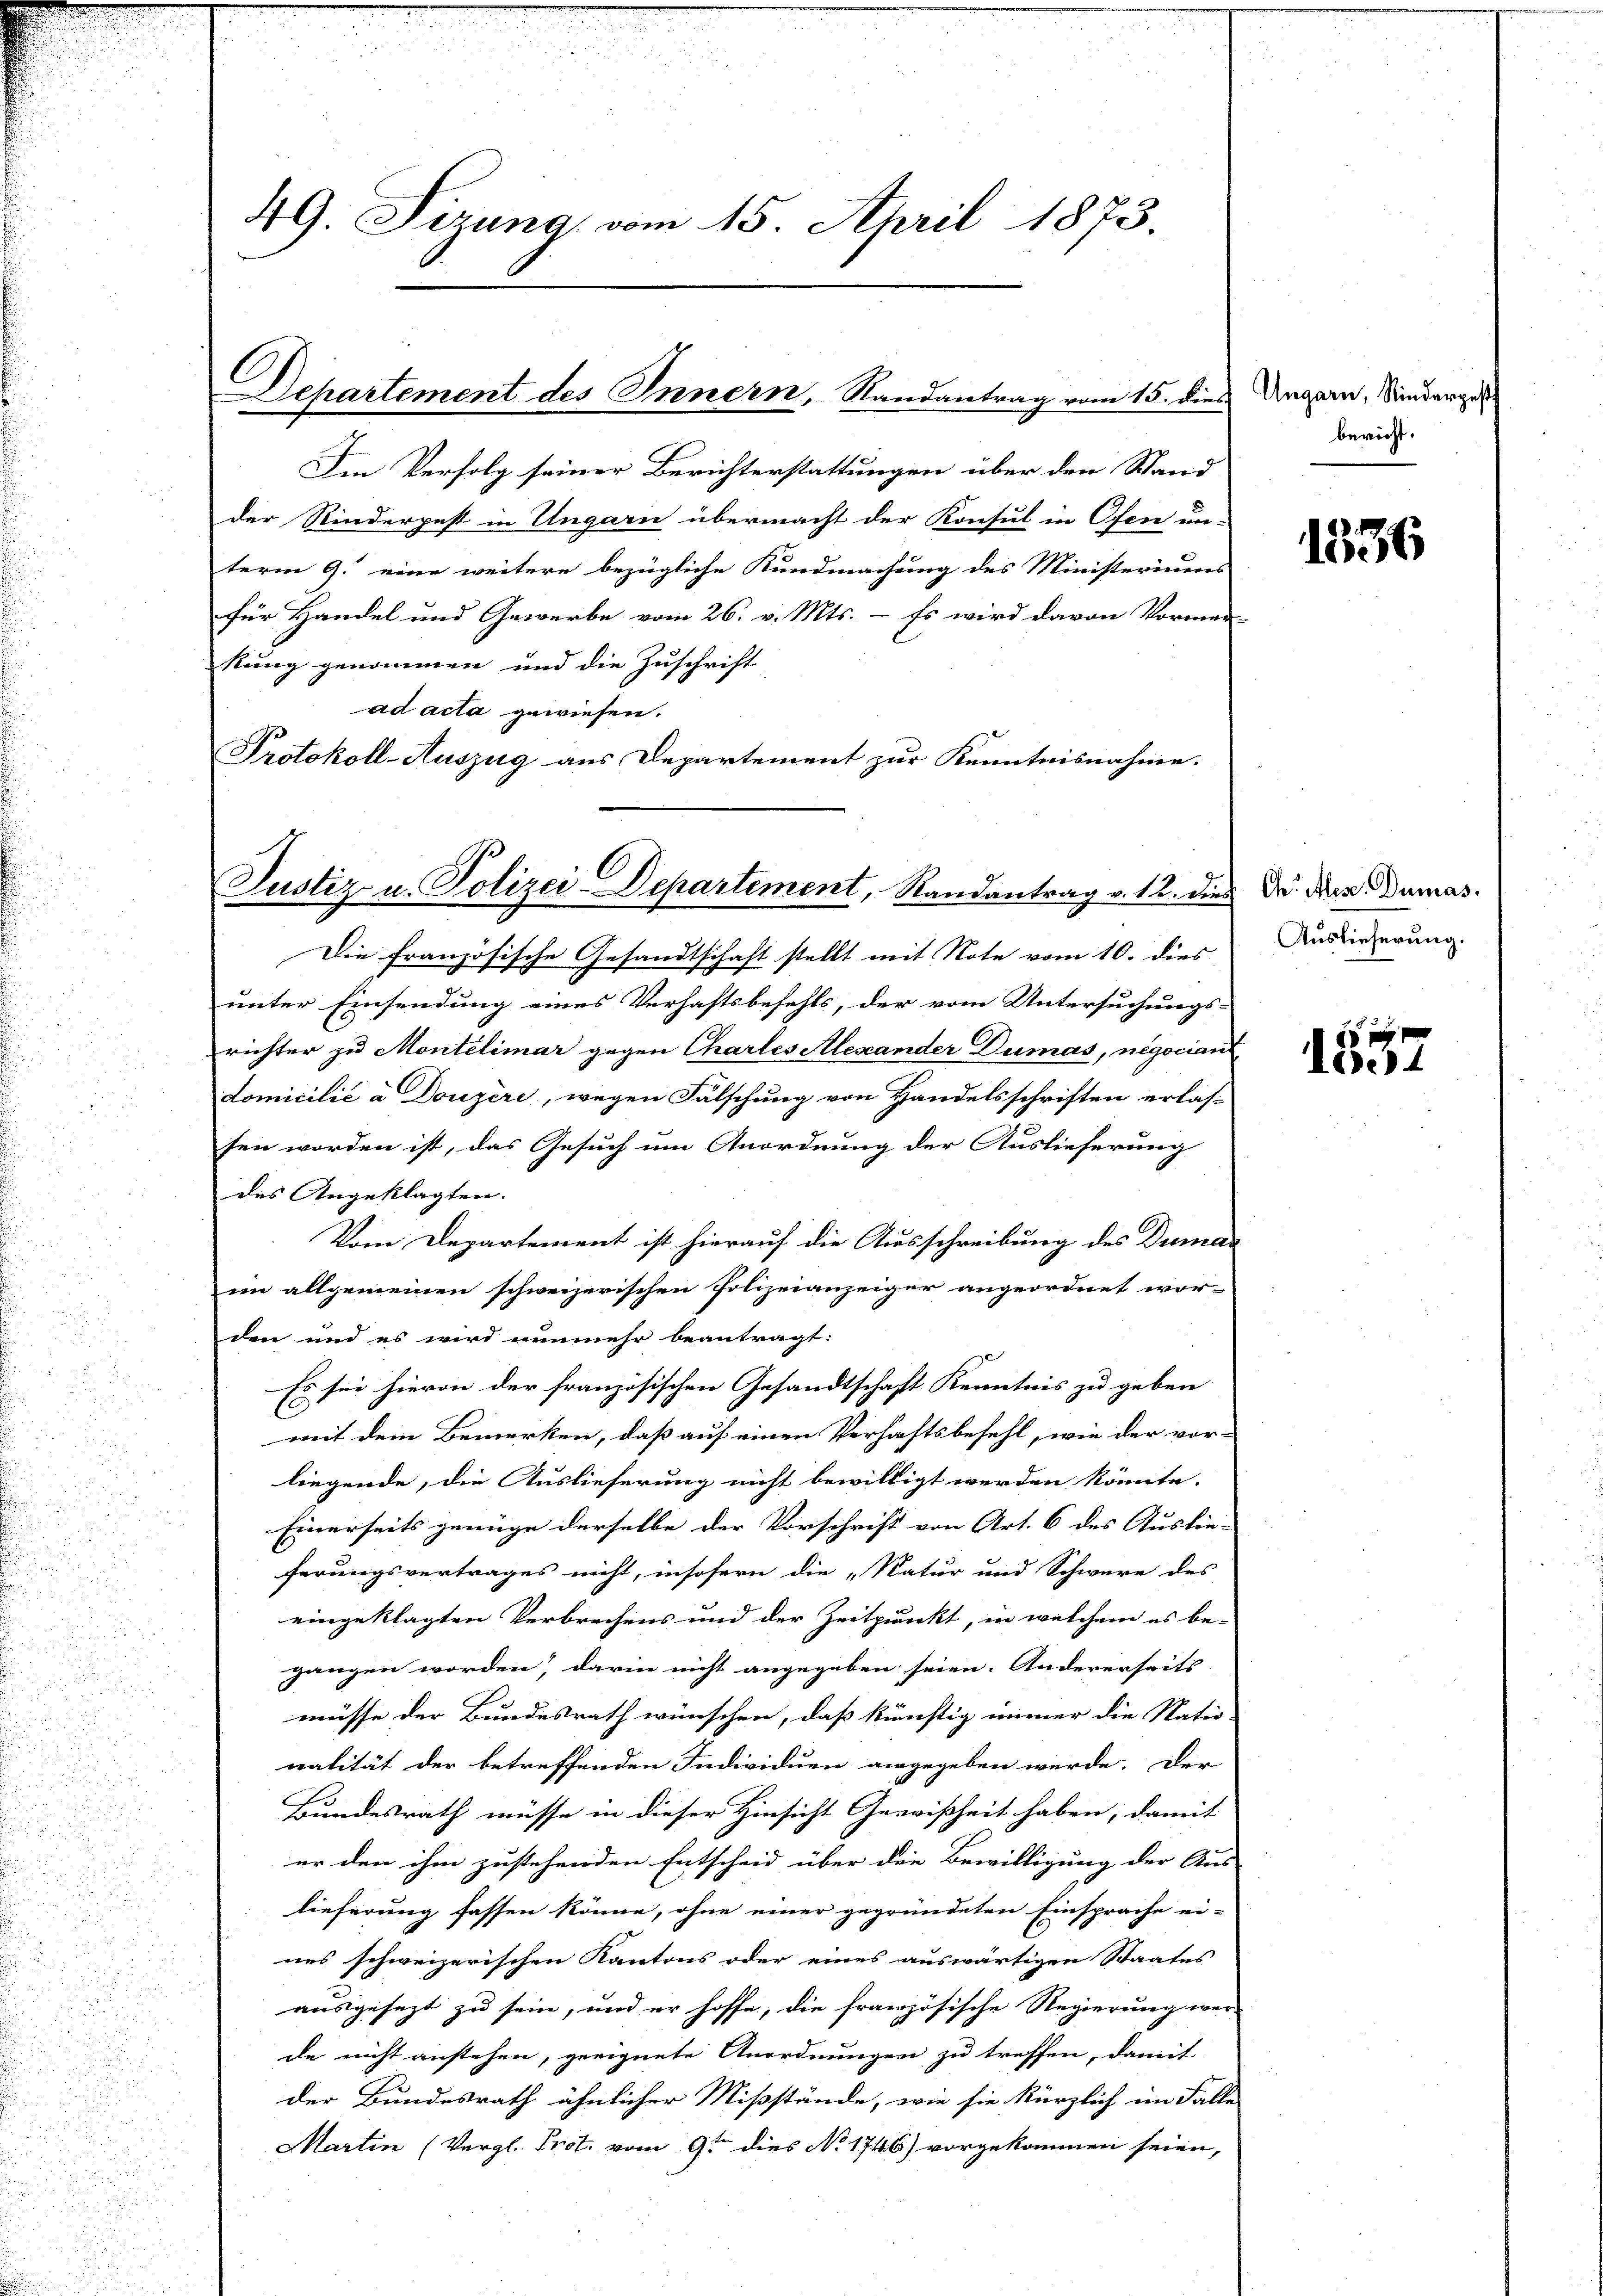
.

.

49. Sizung vom 15. April 1873.

Dchartement des Innern, Randantrag vom 15. dies Ungarn, Sinderger

Ien Verfolg seiner Berichterstattungen über den Stand
der Rinderpest in Ungarn übermacht der Konsul in Ofen un-
term 9. eine weitere bezügliche Kundmachung des Ministeriums
für Handel und Gewerbe vom 26. v. Mts. - Es wird davon Vormen-
kung genommen und die Zuschrift
ad acta gewiesen.
Protokoll-Auszug aus Departement zur Kenntnisnahme.

Justiz u. Polizei-Departement, Randantrag v. 12. dies

bericht.

Die französische Gesandtschaft stellt mit Note vom 10. dies
unter Einsendung eines Verhaftsbefehls, der vom Untersuchungs-
richter zu Montelimar gegen Chartes Alexander Dumas, negociant
domicilié à Douzère, wegen Falschung von Handelsschriften erlas-
sen worden ist, das Gesuch um Anordnung der Auslieferung
des Angeklagten.
Vom Departement ist hierauf die Ausschreibung des Dumaim allgemeinen schweizerischen Polizeianzeiger angeordnet wor-
den und es wird nunmehr beantragt:
Es sei hievon der französischen Gesandtschaft Kenntnis zu geben
mit dem Bemerken, daß auf einen Verhaftsbefehl, wie der vor-
liegende, die Auslieferung nicht bewilligt werden könnte.
Einerseits genüge derselbe der Vorschrift von Art. 6 des Auslie-
ferungsvertrages nicht, insofern die „Natur und Schwäre des
eingeklagten Verbrechens und der Zeitpunkt, in welchem es be-
gangen worden, darin nicht angegeben seien. Andererseits
müsse der Bundesrath wünschen, daß künftig immer die Natio-
nalität der betreffenden Individuen angegeben werde. Der
Bundesrath müsse in dieser Hinsicht Gewißheit haben, damit
er den ihm zustehenden Entscheid über die Bewilligung der Aus
.
lieferung fassen könne, ohne einer gegründeten Einsprache ei-
nes schweizerischen Kantons oder eines auswärtigen Staates
ausgesezt zu sein, und er hoffe, die französische Regierung wer-
de nicht anstehen, geeignete Anordnungen zu treffen, damit
der Bundesrath ähnlicher Mißstände, wie sie kürzlich im Falle
Martin (Vergl. Prot. vom 9ten dies No. 1746) vorgekommen seien,

1536

Chr. Ales. Dumas.
Auslieferung.

1857